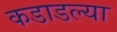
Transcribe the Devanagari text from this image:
कडाडल्या